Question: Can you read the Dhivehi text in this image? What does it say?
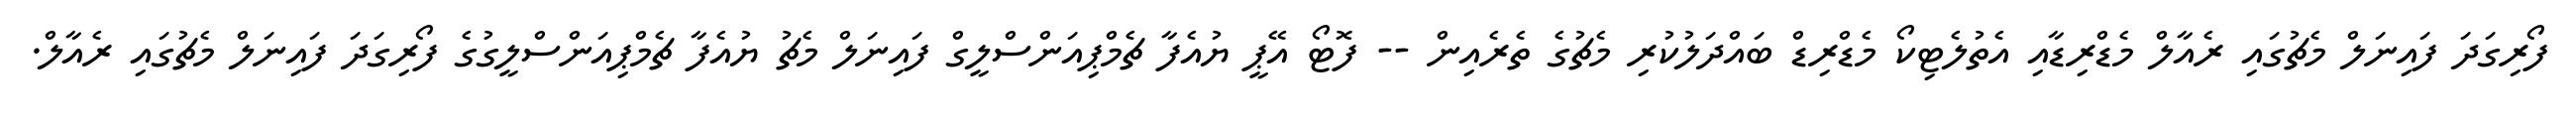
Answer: ފޯރިގަދަ ފައިނަލް މެޗުގައި ރެއާލް މެޑްރިޑާއި އެތުލެޓިކޯ މެޑްރިޑް ބައްދަލުކުރި މެޗުގެ ތެރެއިން -- ފޮޓޯ އޭޕީ ޔުއެފާ ޗެމްޕިއަންސްލީގް ފައިނަލް މެޗު ޔުއެފާ ޗެމްޕިއަންސްލީގުގެ ފޯރިގަދަ ފައިނަލް މެޗުގައި ރެއާލް.